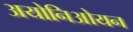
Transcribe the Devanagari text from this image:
अयोनिओयन